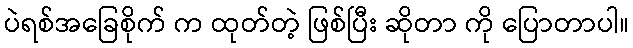
ပဲရစ်အခြေစိုက် က ထုတ်တဲ့ ဖြစ်ပြီး ဆိုတာ ကို ပြောတာပါ။